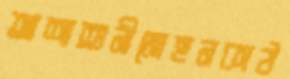
আশাশুনীমোহনকাঠ